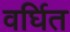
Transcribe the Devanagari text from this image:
वर्घित